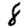
Digit: 8